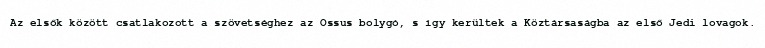
Az elsők között csatlakozott a szövetséghez az Ossus bolygó, s így kerültek a Köztársaságba az első Jedi lovagok.